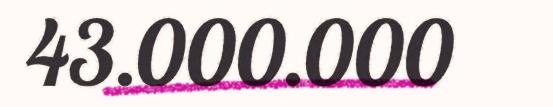
43.000.000